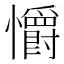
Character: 𢥚